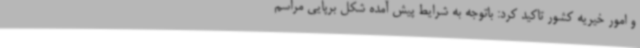
و امور خیریه کشور تاکید کرد: باتوجه به شرایط پیش آمده شکل برپایی مراسم